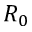
R _ { 0 }